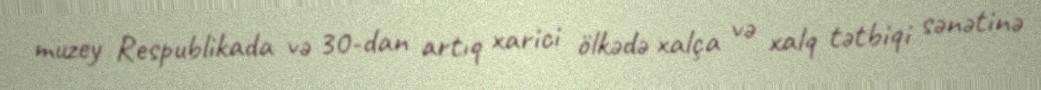
muzey Respublikada və 30-dan artıq xarici ölkədə xalça və xalq tətbiqi sənətinə